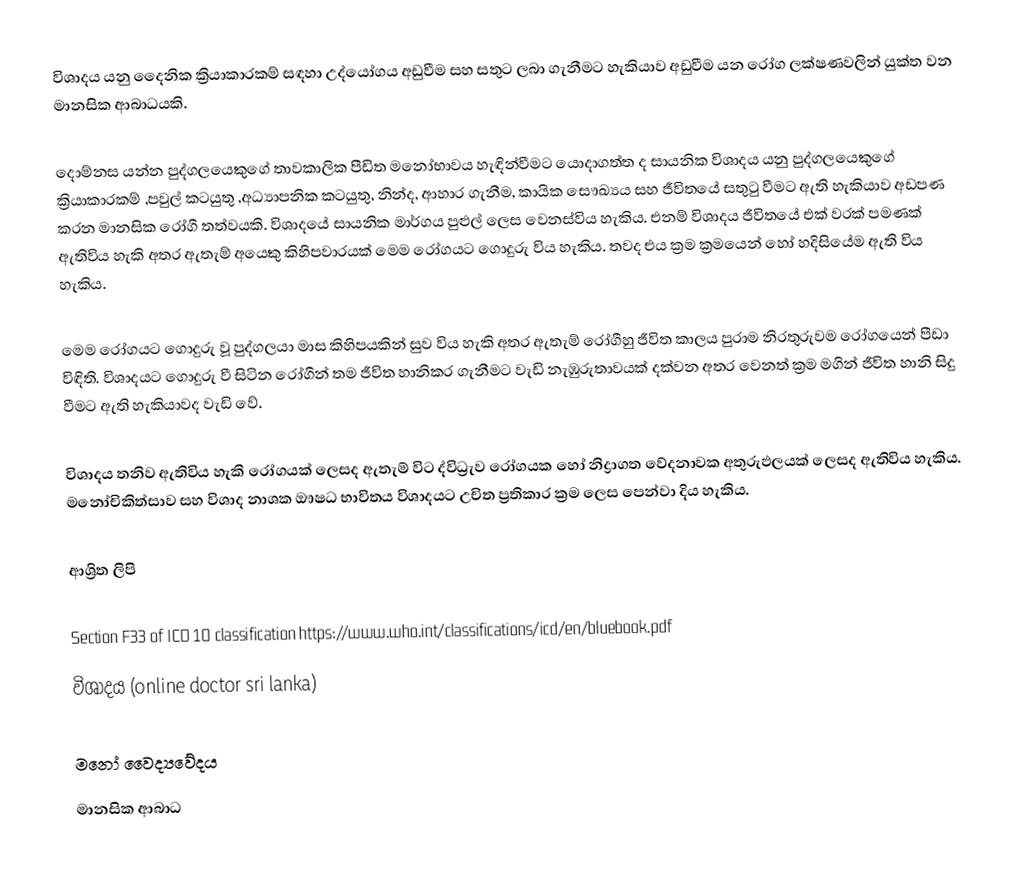
විශාදය යනු දෛනික ක්‍රියාකාරකම් සඳහා උද්යෝගය අඩුවීම සහ සතුට ලබා ගැනීමට හැකියාව අඩුවීම යන රෝග ලක්ෂණවලින් යුක්ත වන මානසික ආබාධයකි.

දොම්නස යන්න පුද්ගලයෙකුගේ තාවකාලික පීඩිත මනෝභාවය හැඳින්වීමට යොදාගත්ත ද සායනික විශාදය යනු පුද්ගලයෙකුගේ ක්‍රියාකාරකම් ,පවුල් කටයුතු ,අධ්‍යාපනික කටයුතු, නින්ද, ආහාර ගැනීම, කායික සෞඛ්‍යය සහ ජීවිතයේ සතුටු වීමට ඇති හැකියාව අඩපණ කරන මානසික රෝගී තත්වයකි. විශාදයේ සායනික මාර්ගය පුළුල් ලෙස වෙනස්විය හැකිය. එනම් විශාදය ජීවිතයේ එක් වරක් පමණක් ඇතිවිය හැකි අතර ඇතැම් අයෙකු කිහිපවාරයක් මෙම රෝගයට ගොදුරු විය හැකිය. තවද එය ක්‍රම ක්‍රමයෙන් හෝ හදිසියේම ඇති විය හැකිය.

මෙම රෝගයට ගොදුරු වූ පුද්ගලයා මාස කිහිපයකින් සුව විය හැකි අතර ඇතැම් රෝගීහු ජීවිත කාලය පුරාම නිරතුරුවම රෝගයෙන් පීඩා විඳිති. විශාදයට ගොදුරු වී සිටින රෝගීන් තම ජීවිත හානිකර ගැනීමට වැඩි නැඹුරුතාවයක් දක්වන අතර වෙනත් ක්‍රම මගින් ජීවිත හානි සිදු වීමට ඇති හැකියාවද වැඩි වේ.

විශාදය තනිව ඇතිවිය හැකි රෝගයක් ලෙසද ඇතැම් විට ද්විධ්‍රැව රෝගයක හෝ නිද්‍රාගත වේදනාවක අතුරුඵලයක් ලෙසද ඇතිවිය හැකිය. මනෝචිකිත්සාව සහ විශාද නාශක ඖෂධ භාවිතය විශාදයට උචිත ප්‍රතිකාර ක්‍රම ලෙස පෙන්වා දිය හැකිය.

ආශ්‍රිත ලිපි

 Section F33 of ICD 10 classification  https://www.who.int/classifications/icd/en/bluebook.pdf
 විශාදය (online doctor sri lanka)

මනෝ වෛද්‍යවේදය
මානසික ආබාධ